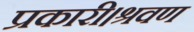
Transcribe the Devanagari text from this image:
प्रकारी।श्रवण